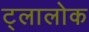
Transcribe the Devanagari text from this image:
ट्लालोक